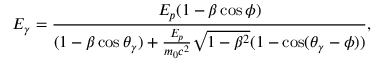
E _ { \gamma } = \frac { E _ { p } ( 1 - \beta \cos \phi ) } { ( 1 - \beta \cos \theta _ { \gamma } ) + \frac { E _ { p } } { m _ { 0 } c ^ { 2 } } \sqrt { 1 - \beta ^ { 2 } } ( 1 - \cos ( \theta _ { \gamma } - \phi ) ) } ,